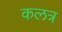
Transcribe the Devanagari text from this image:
कलत्र